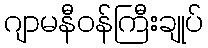
ဂျာမနီဝန်ကြီးချုပ်